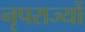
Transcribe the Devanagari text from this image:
नृपराज्यों